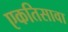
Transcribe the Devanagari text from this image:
एकतिसावा